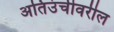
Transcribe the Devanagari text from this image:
अतिउंचीवरील